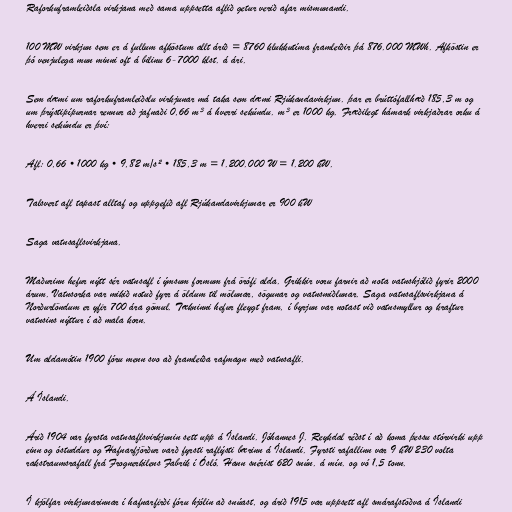
Raforkuframleiðsla virkjana með sama uppsetta aflið getur verið afar mismunandi.

100 MW virkjun sem er á fullum afköstum allt árið = 8760 klukkutíma framleiðir þá 876.000 MWh. Afköstin er
þó venjulega mun minni oft á bilinu 6-7000 klst. á ári.

Sem dæmi um raforkuframleiðslu virkjunar má taka sem dæmi Rjúkandavirkjun. þar er brúttófallhæð 185,3 m og
um þrýstipípurnar rennur að jafnaði 0,66 m³ á hverri sekúndu. m³ er 1000 kg. Fræðilegt hámark virkjaðrar orku á
hverri sekúndu er því:

Afl: 0,66 • 1000 kg • 9,82 m/s² • 185,3 m = 1.200.000 W = 1.200 kW.

Talsvert afl tapast alltaf og uppgefið afl Rjúkandavirkjunar er 900 kW

Saga vatnsaflsvirkjana.

Maðurinn hefur nýtt sér vatnsafl í ýmsum formum frá örófi alda. Grikkir voru farnir að nota vatnshjólið fyrir 2000
árum. Vatnsorka var mikið notuð fyrr á öldum til mölunar, sögunar og vatnsmiðlunar. Saga vatnsaflsvirkjana á
Norðurlöndum er yfir 700 ára gömul. Tækninni hefur fleygt fram, í byrjun var notast við vatnsmyllur og kraftur
vatnsins nýttur í að mala korn.

Um aldamótin 1900 fóru menn svo að framleiða rafmagn með vatnsafli.

Á Íslandi.

Árið 1904 var fyrsta vatnsaflsvirkjunin sett upp á Íslandi. Jóhannes J. Reykdal réðst í að koma þessu stórvirki upp
einn og óstuddur og Hafnarfjörður varð fyrsti raflýsti bærinn á Íslandi. Fyrsti rafallinn var 9 kW 230 volta
rakstraumsrafall frá Frognerkilens Fabrik í Ósló. Hann snérist 620 snún. á mín. og vó 1,5 tonn.

Í kjölfar virkjunarinnar í hafnarfirði fóru hjólin að snúast, og árið 1915 var uppsett afl smárafstöðva á Íslandi